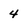
Character: 4